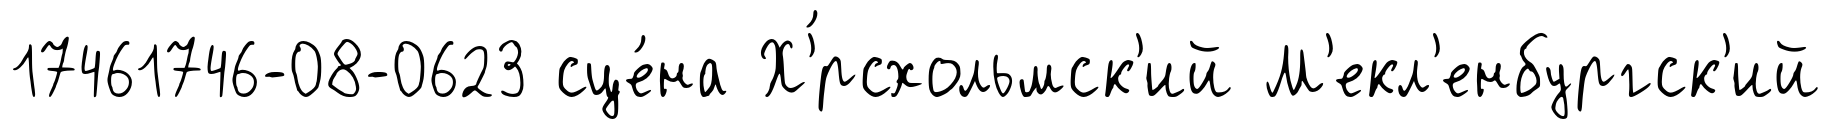
17461746-08-0623 сце́на Х'́рсхольмск'ий М'екл'енбургск'ий